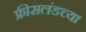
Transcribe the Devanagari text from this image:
फ्रीसलंडच्या